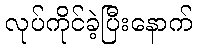
လုပ်ကိုင်ခဲ့ပြီးနောက်